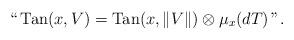
LaTeX: \begin{align*}``\, {\rm Tan}(x, V) = {\rm Tan}(x, \|V\|) \otimes \mu_x(dT) \,". \end{align*}